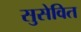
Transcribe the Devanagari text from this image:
सुसेवित